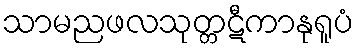
သာမညဖလသုတ္တဋီကာနုရူပံ